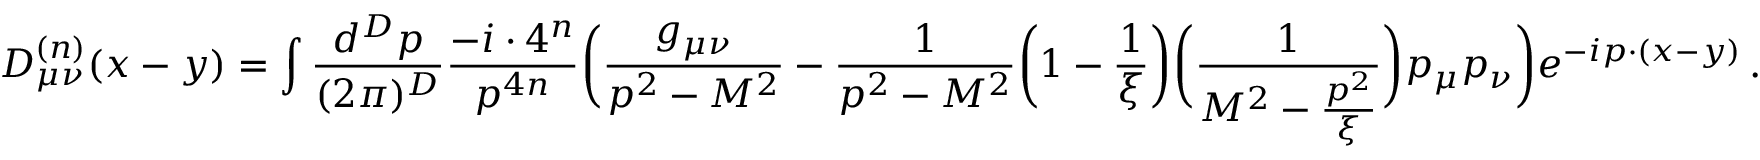
D _ { \mu \nu } ^ { ( n ) } ( x - y ) = \int \frac { d ^ { D } p } { ( 2 \pi ) ^ { D } } \frac { - i \cdot 4 ^ { n } } { p ^ { 4 n } } \bigg ( \frac { g _ { \mu \nu } } { p ^ { 2 } - M ^ { 2 } } - \frac { 1 } { p ^ { 2 } - M ^ { 2 } } \bigg ( 1 - \frac { 1 } { \xi } \bigg ) \bigg ( \frac { 1 } { M ^ { 2 } - \frac { p ^ { 2 } } { \xi } } \bigg ) p _ { \mu } p _ { \nu } \bigg ) e ^ { - i p \cdot ( x - y ) } \, .